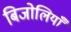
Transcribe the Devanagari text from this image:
बिजोलियाँ